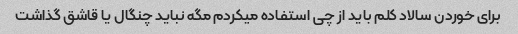
برای خوردن سالاد کلم باید از چی استفاده میکردم مگه نباید چنگال یا قاشق گذاشت